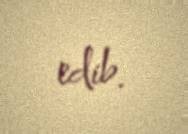
edib.